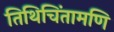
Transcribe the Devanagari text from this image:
तिथिचिंतामणि